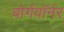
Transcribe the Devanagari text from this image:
बोर्गवॉर्नर